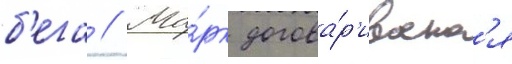
б'ега // Ма́рк догова́р'иваетс'я